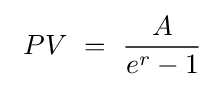
\ PV\ =\ {A \over e^{r}-1}